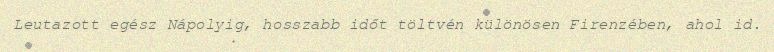
Leutazott egész Nápolyig, hosszabb időt töltvén különösen Firenzében, ahol id.